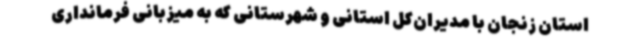
استان زنجان با مدیران‌کل استانی و شهرستانی که به میزبانی فرمانداری